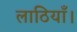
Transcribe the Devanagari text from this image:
लाठियाँ।